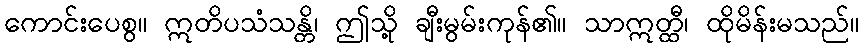
ကောင်းပေစွ။ ဣတိပသံသန္တိ၊ ဤသို့ ချီးမွမ်းကုန်၏။ သာဣတ္ထီ၊ ထိုမိန်းမသည်။